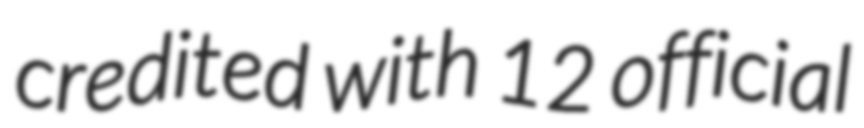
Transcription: credited with 12 official